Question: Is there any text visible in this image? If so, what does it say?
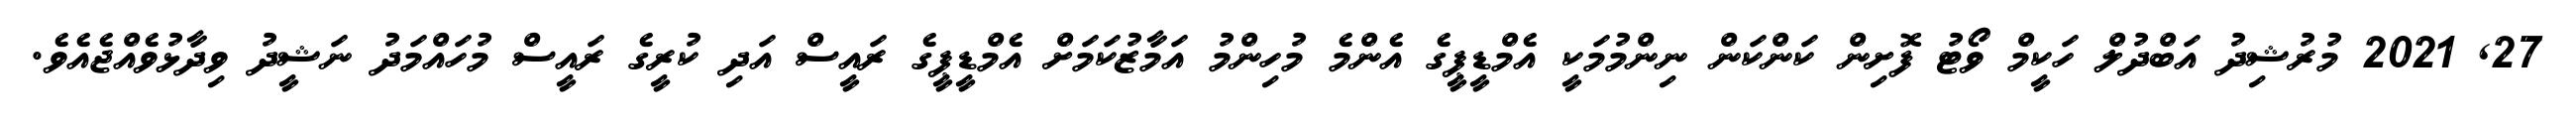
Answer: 27, 2021 މުރުޝިދު އަބްދުލް ހަކީމް ވޯޓު ފޮށިން ކަންކަން ނިންމުމަކީ އެމްޑީޕީގެ އެންމެ މުހިންމު އަމާޒުކަމަށް އެމްޑީޕީގެ ރައީސް އަދި ކުރީގެ ރައީސް މުހައްމަދު ނަޝީދު ވިދާޅުވެއްޖެއެވެ.